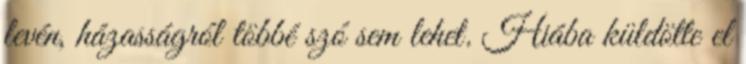
levén, házasságról többé szó sem lehet. Hiába küldötte el